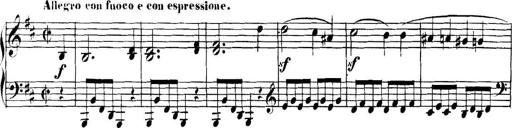
Title: Collected Piano Sonatas
Composer: Muzio Clementi